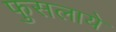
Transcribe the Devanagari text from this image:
फुसलाये